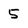
Character: 5